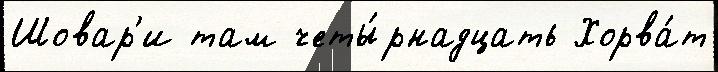
Шовар'и там четы́рнадцать Хорва́т